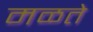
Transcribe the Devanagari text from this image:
मळते